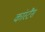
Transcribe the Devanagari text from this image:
कांस्टैंस